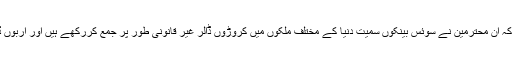
جن کے بارے میں یہ شکایات عام ہیں کہ ان محترمین نے سوئس بینکوں سمیت دنیا کے مختلف ملکوں میں کروڑوں ڈالر غیر قانونی طور پر جمع کررکھے ہیں اور اربوں ڈالر کی جائیدادیں بھی خریدی ہوئی ہیں۔